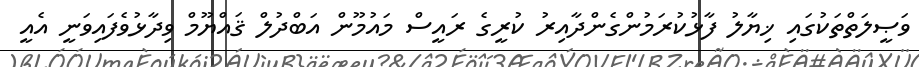
ވަޞީލަތްތަކުގައި ޚިޔާލު ފާޅުކުރަމުންގެންދާއިރު ކުރީގެ ރައީސް މައުމޫން އަބްދުލް ޤައްޔޫމް ވިދާޅުވެފައިވަނީ އެއީ